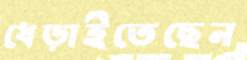
ধেড়াইতেছেন